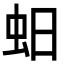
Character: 蚎